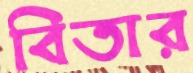
বিতার